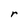
Character: r